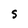
Character: S